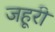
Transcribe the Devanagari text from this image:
जहूरी